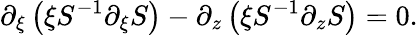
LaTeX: \partial_{\xi}\left(\xi S^{-1}\partial_{\xi}S\right)-\partial_{z}\left(\xi S^{-1}\partial_{z}S\right)=0.